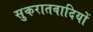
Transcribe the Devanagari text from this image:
सुकरातवादियों